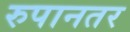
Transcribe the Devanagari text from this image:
रुपानतर